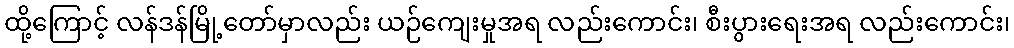
ထို့ကြောင့် လန်ဒန်မြို့တော်မှာလည်း ယဉ်ကျေးမှုအရ လည်းကောင်း၊ စီးပွားရေးအရ လည်းကောင်း၊